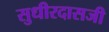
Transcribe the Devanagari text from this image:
सुधीरदासजी